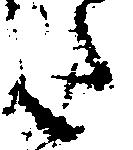
た